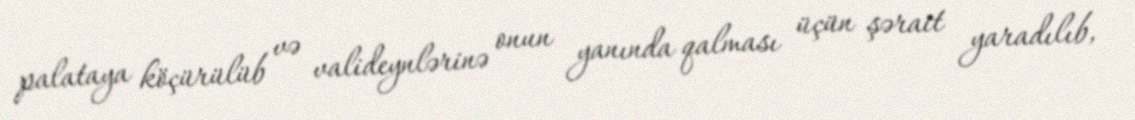
palataya köçürülüb və valideynlərinə onun yanında qalması üçün şərait yaradılıb,